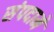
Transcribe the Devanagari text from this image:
संपदामे